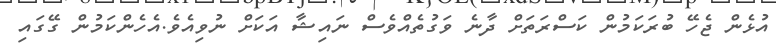
އުޅެން ޖެހޭ ބުރަކަމުން ކަސްރަތަށް ދާނެ ވަގުތެއްވެސް ނައިޝާ އަކަށް ނުވިއެވެ.އެހެންކަމުން ގޭގައި